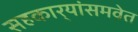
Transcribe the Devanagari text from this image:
सहकार्‍यांसमवेत